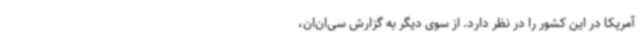
آمریکا در این کشور را در نظر دارد. از سوی دیگر به گزارش سی‌ان‌ان،